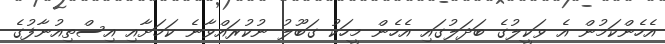
އެހެންކަމުން އެ ވަކީލުގެ ބަދަލުގައި އެހެން މީހަކު ގަބޫލު ނުކުރައްވާނެ ކަމަށާއި އިސްތިއުނާފުގެ